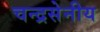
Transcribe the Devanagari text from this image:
चन्द्रसेनीय